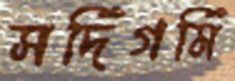
সর্দিগর্মি